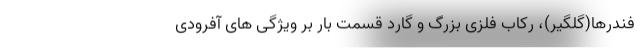
فندرها(گلگیر)، رکاب فلزی بزرگ و گارد قسمت بار بر ویژگی های آفرودی